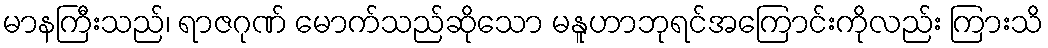
မာနကြီးသည်၊ ရာဇဂုဏ် မောက်သည်ဆိုသော မနူဟာဘုရင်အကြောင်းကိုလည်း ကြားသိ